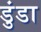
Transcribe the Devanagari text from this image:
डुंडा